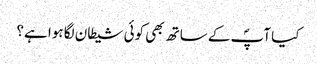
کیا آپؐ کے ساتھ بھی کوئی شیطان لگا ہوا ہے؟